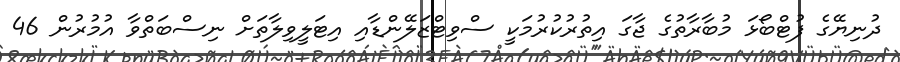
ދުނިޔޭގެ ފުޓްބޯޅަ މުބާރާތުގެ ޖާގަ އިތުރުކުރުމަކީ ސްވިޓްޒަލޭންޑާއި އިޓަލީވިލާތަށް ނިސްބަތްވާ އުމުރުން 46